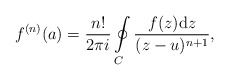
\begin{align*}f^{(n)}(a) = \frac{n!}{2 \pi i} \oint\limits_{C}\frac{f(z){\rm d} z}{(z-u)^{n+1}},\end{align*}